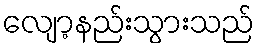
လျော့နည်းသွားသည်